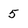
Character: 5